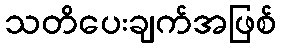
သတိပေးချက်အဖြစ်